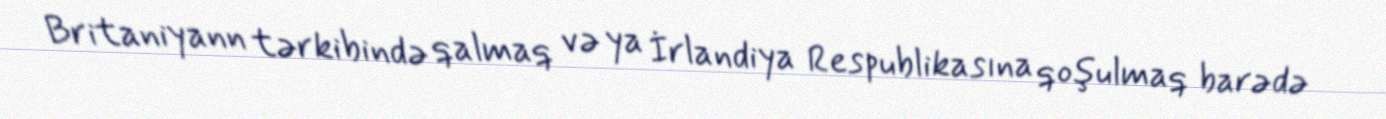
Britaniyann tərkibində qalmaq və ya İrlandiya Respublikasına qoşulmaq barədə